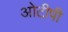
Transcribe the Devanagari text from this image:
ओटीपी